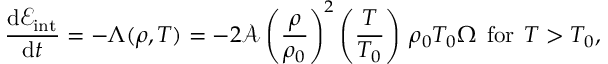
\frac { \mathrm { d } \mathcal { E } _ { \mathrm { i n t } } } { \mathrm { d } t } = - \Lambda ( \rho , T ) = - 2 { \mathcal { A } } \left( \frac { \rho } { \rho _ { 0 } } \right) ^ { 2 } \left( \frac { T } { T _ { 0 } } \right) \: \rho _ { 0 } T _ { 0 } \Omega \: \: \mathrm { f o r } \: \: T > T _ { 0 } ,